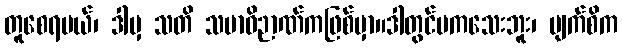
တူစေရမယ်၊ ဒါမှ သတိ သမာဓိဉာဏ်ကဖြစ်မှာ။ဒါတွင်မကသေးဘူး၊ မျက်စိက